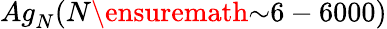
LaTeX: {Ag}_{N}({N}\ensuremath{\sim}6-6000)